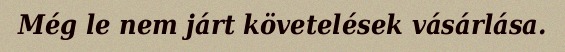
Még le nem járt követelések vásárlása.